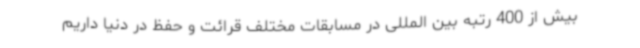
بیش از 400 رتبه بین المللی در مسابقات مختلف قرائت و حفظ در دنیا داریم